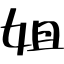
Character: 姐